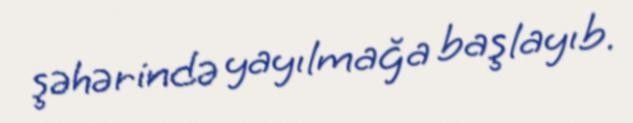
şəhərində yayılmağa başlayıb.